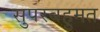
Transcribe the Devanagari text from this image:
सुपरबहुमत